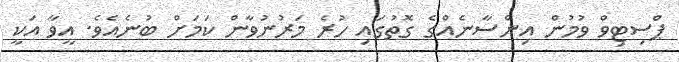
ޕްސިޓިވް ވުމުން އިންސާނެއްގެ ގޮތުގައި ހުރެ މަރުނުވާން ކަމަށް ބުނެއެވެ. އީވާ އަކީ